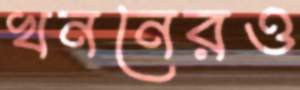
খননেরও